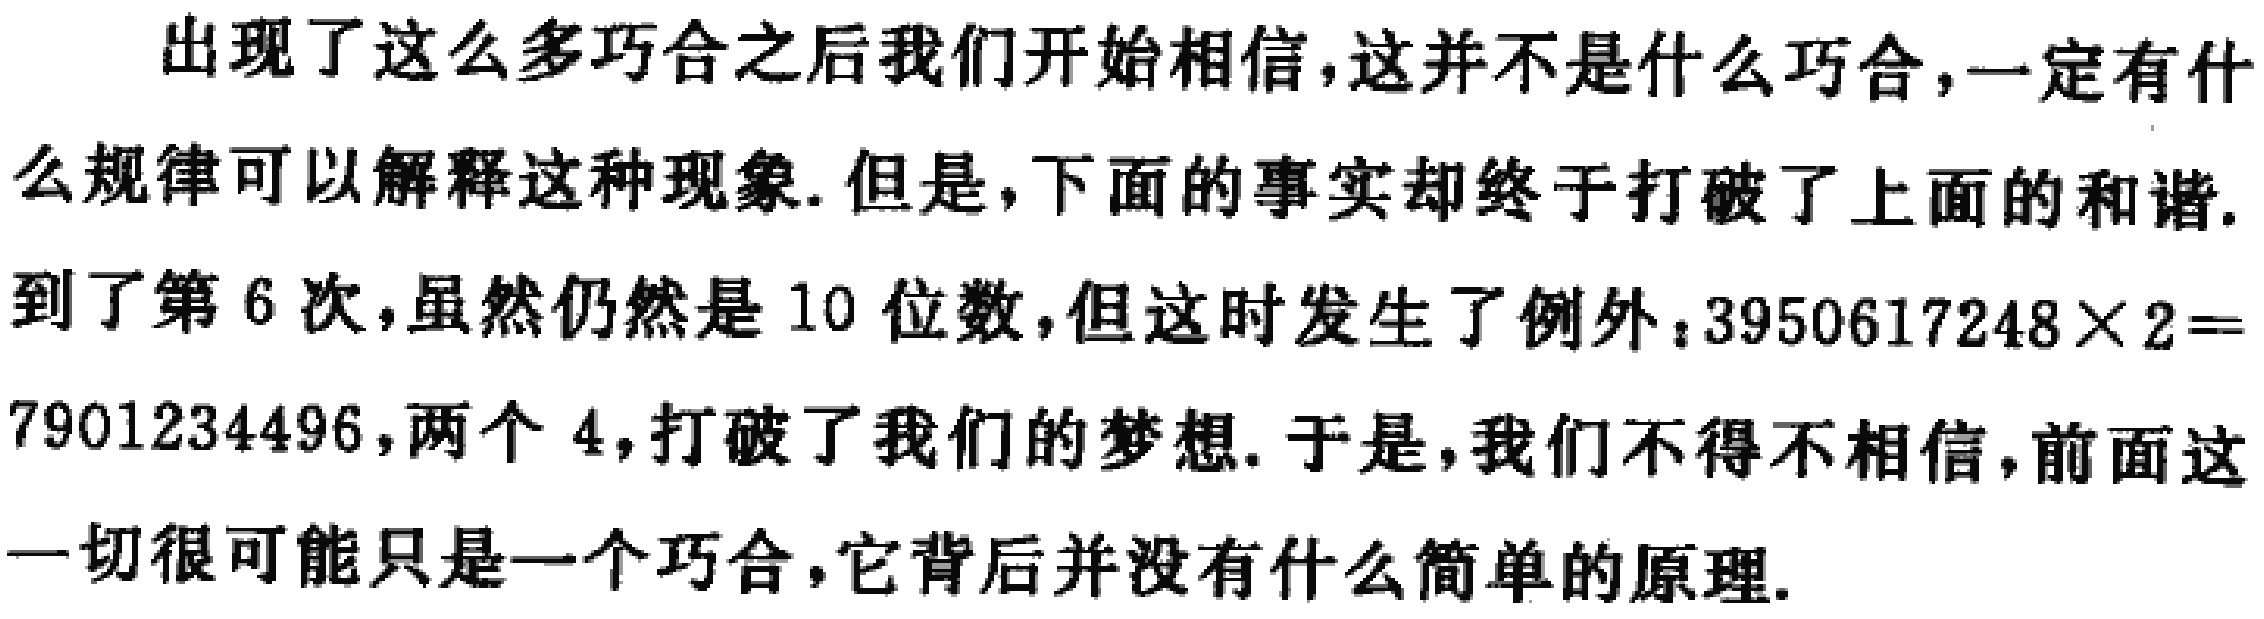
出现了这么多巧合之后我们开始相信，这并不是什么巧合，一定有什么规律可以解释这种现象. 但是，下面的事实却终于打破了上面的和谐. 到了第6次，虽然仍然是10位数，但这时发生了例外：$3950617248\times2 = 7901234496$，两个4，打破了我们的梦想. 于是，我们不得不相信，前面这一切很可能只是一个巧合，它背后并没有什么简单的原理.